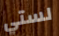
لستي